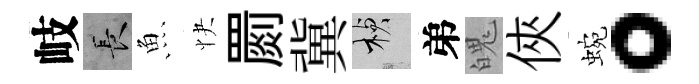
岐长魚快罽冀楨弟魄俠蜿。